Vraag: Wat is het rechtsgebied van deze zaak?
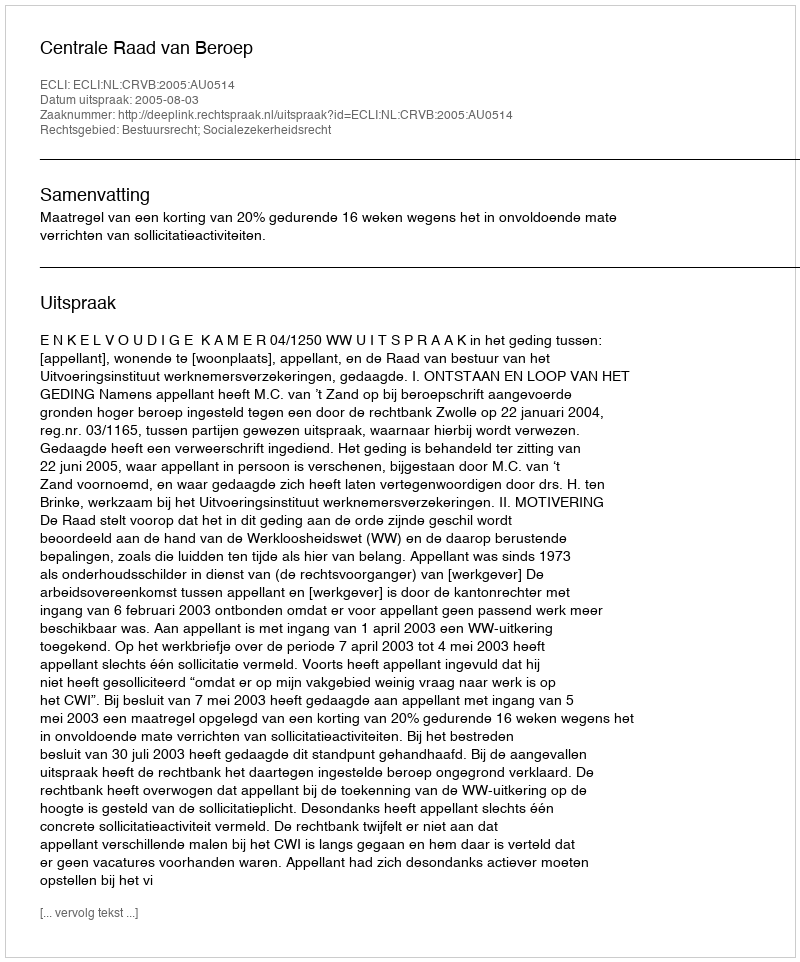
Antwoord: Bestuursrecht; Socialezekerheidsrecht